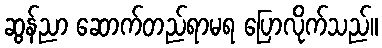
ဆွန်ညာ ဆောက်တည်ရာမရ ပြောလိုက်သည်။